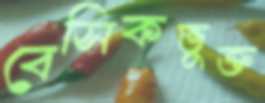
বেসিকভুক্ত